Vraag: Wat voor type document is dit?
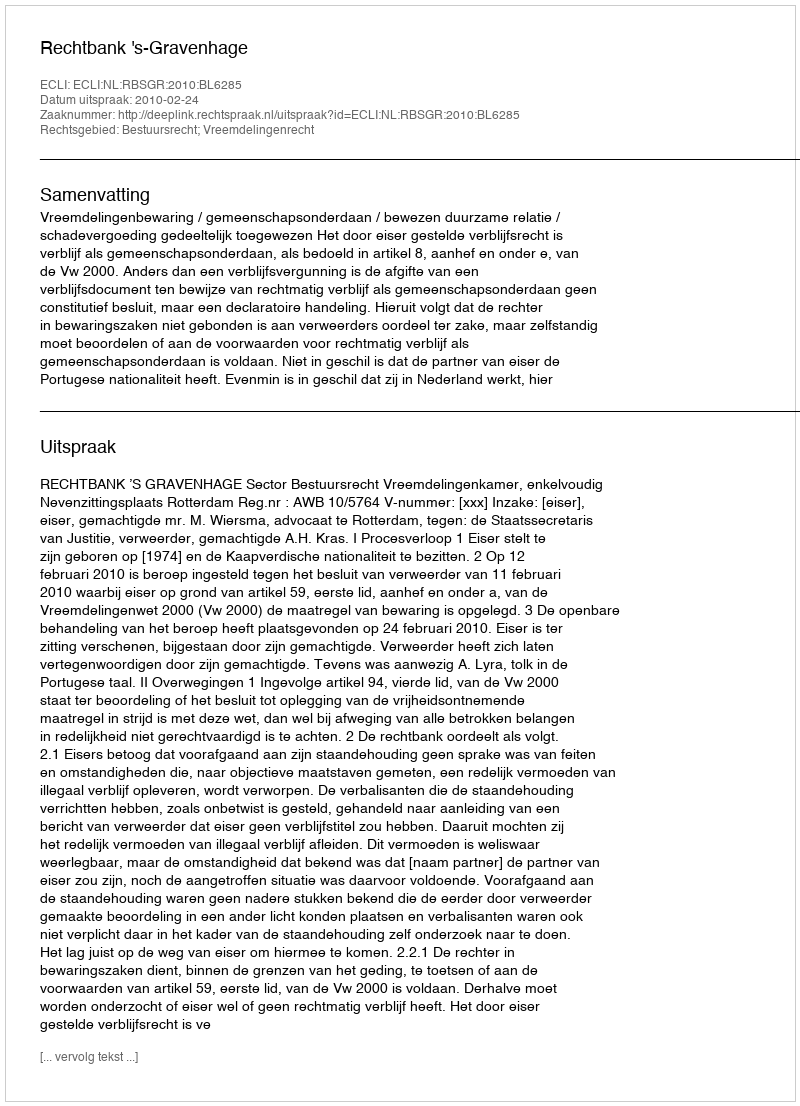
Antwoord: Uitspraak